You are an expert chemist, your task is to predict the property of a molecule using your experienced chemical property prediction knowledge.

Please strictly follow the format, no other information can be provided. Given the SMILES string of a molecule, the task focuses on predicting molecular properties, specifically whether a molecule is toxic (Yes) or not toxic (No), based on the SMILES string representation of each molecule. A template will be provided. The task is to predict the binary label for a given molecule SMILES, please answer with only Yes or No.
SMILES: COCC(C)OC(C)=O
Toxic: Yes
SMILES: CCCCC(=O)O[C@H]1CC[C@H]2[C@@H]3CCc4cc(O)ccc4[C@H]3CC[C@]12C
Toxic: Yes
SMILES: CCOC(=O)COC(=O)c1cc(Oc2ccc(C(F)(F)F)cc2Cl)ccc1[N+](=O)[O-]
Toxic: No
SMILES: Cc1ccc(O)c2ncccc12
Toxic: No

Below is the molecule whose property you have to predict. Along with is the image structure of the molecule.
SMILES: CCOC(=O)c1nc(C(Cl)(Cl)Cl)n(-c2ccc(Cl)cc2Cl)n1
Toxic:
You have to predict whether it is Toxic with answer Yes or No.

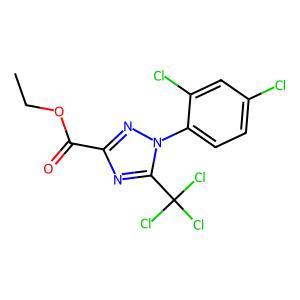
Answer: No